Veterinary [1916] -
Year: 1916
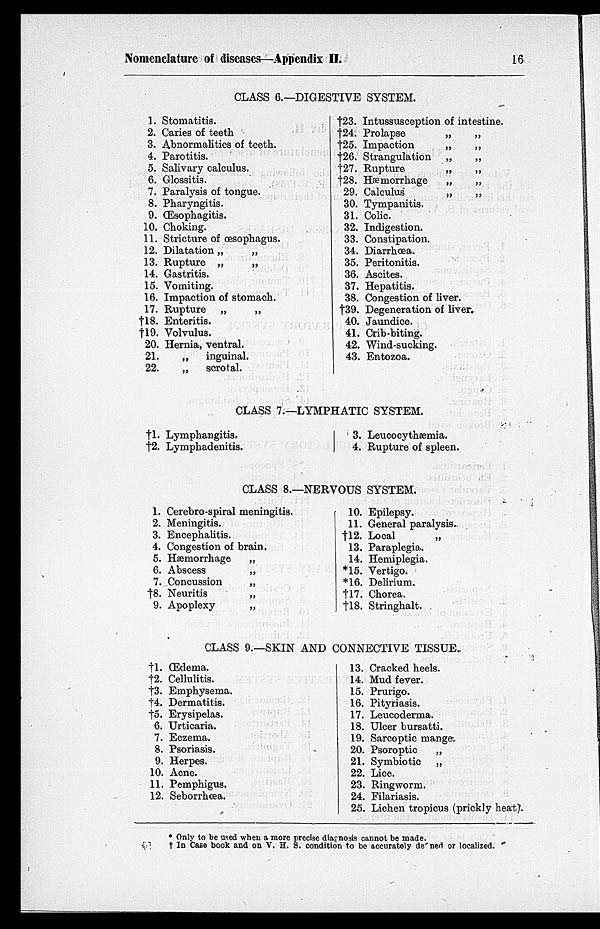
Nomenclature of diseases—Appendix II.
16
CLASS 6.—DIGESTIVE SYSTEM.
1.
2.
3.
4.
5.
6.
7.
8.
9.
10.
11.
12.
13.
14.
15.
16.
17.
†18.
†19.
20.
21
22
Stomatitis.
Caries of teeth
Abnormalities of teeth.
Parotitis.
Salivary calculus.
Glossitis.
Paralysis of tongue.
Pharyngitis.
Œsophagitis.
Choking.
Stricture of œsophagus.
Dilatation „
„
Rupture „
„
Gastritis.
Vomiting.
Impaction of stomach.
Rupture „
„
Enteritis.
Volvulus.
Hernia, ventral.
„
inguinal.
„
scrotal.
†23.
†24.
†25.
†26.
†27.
†28.
29.
30.
31.
32.
33.
34.
35.
36.
37.
38.
†39.
40.
41.
42.
43
Intussusception of intestine.
Prolapse
„
„
Impaction
„
„
Strangulation „
„
Rupture
„
„
Hæmorrhage
„
„
Calculus
„
„
Tympanitis.
Colic.
Indigestion.
Constipation.
Diarrhœa.
Peritonitis.
Ascites.
Hepatitis.
Congestion of liver.
Degeneration of liver.
Jaundice.
Crib-biting.
Wind-sucking.
Entozoa.
CLASS 7.—LYMPHATIC SYSTEM.
†1.
†2.
Lymphangitis.
Lymphadenitis.
3.
4.
Leucocythæmia.
Rupture of spleen.
CLASS 8.—NERVOUS SYSTEM.
1.
2.
3.
4.
5.
6.
7.
†8.
9.
Cerebro-spiral meningitis.
Meningitis.
Encephalitis.
Congestion of brain.
Hæmorrhage
„
Abscess
„
Concussion
„
Neuritis
„
Apoplexy
„
10.
11.
†12.
13.
14.
*15.
*16.
†17.
†18.
Epilepsy.
General paralysis.
Local
„
Paraplegia.
Hemiplegia.
Vertigo.
Delirium.
Chorea.
Stringhalt.
CLASS 9.—SKIN AND CONNECTIVE TISSUE.
†1.
†2.
†3.
†4.
†5.
6.
7.
8.
9.
10.
11.
12.
Œdema.
Cellulitis.
Emphysema.
Dermatitis.
Erysipelas.
Urticaria.
Eczema.
Psoriasis.
Herpes.
Acne.
Pemphigus.
Seborrhœa.
13.
14.
15.
16.
17.
18.
19.
20.
21.
22.
23.
24.
25.
Cracked heels.
Mud fever.
Prurigo.
Pityriasis.
Leucoderma.
Ulcer bursatti.
Sarcoptic mange.
Psoroptic
„
Symbiotic „
Lice.
Ringworm.
Filariasis.
Lichen tropicus (prickly heat).
* Only to be used when a more precise diagnosis cannot be made.
† In Case book and on V. H. S. condition to be accurately defined or localized.